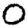
Digit: 0